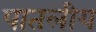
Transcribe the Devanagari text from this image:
पातलीय